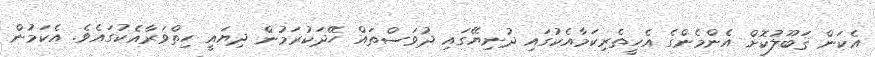
އެކަން ޤަބޫލުކޮށް އެންމެންގެ އެހީތެރިކަމާއެކުގައި ދުނިޔޭގައި ދުވަސްތައް ހޭދަކުރަމުން ދިޔައީ ހިތްވަރާއެކުގައެވެ. އެކަމުން